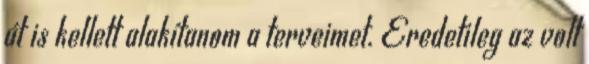
át is kellett alakítanom a terveimet. Eredetileg az volt